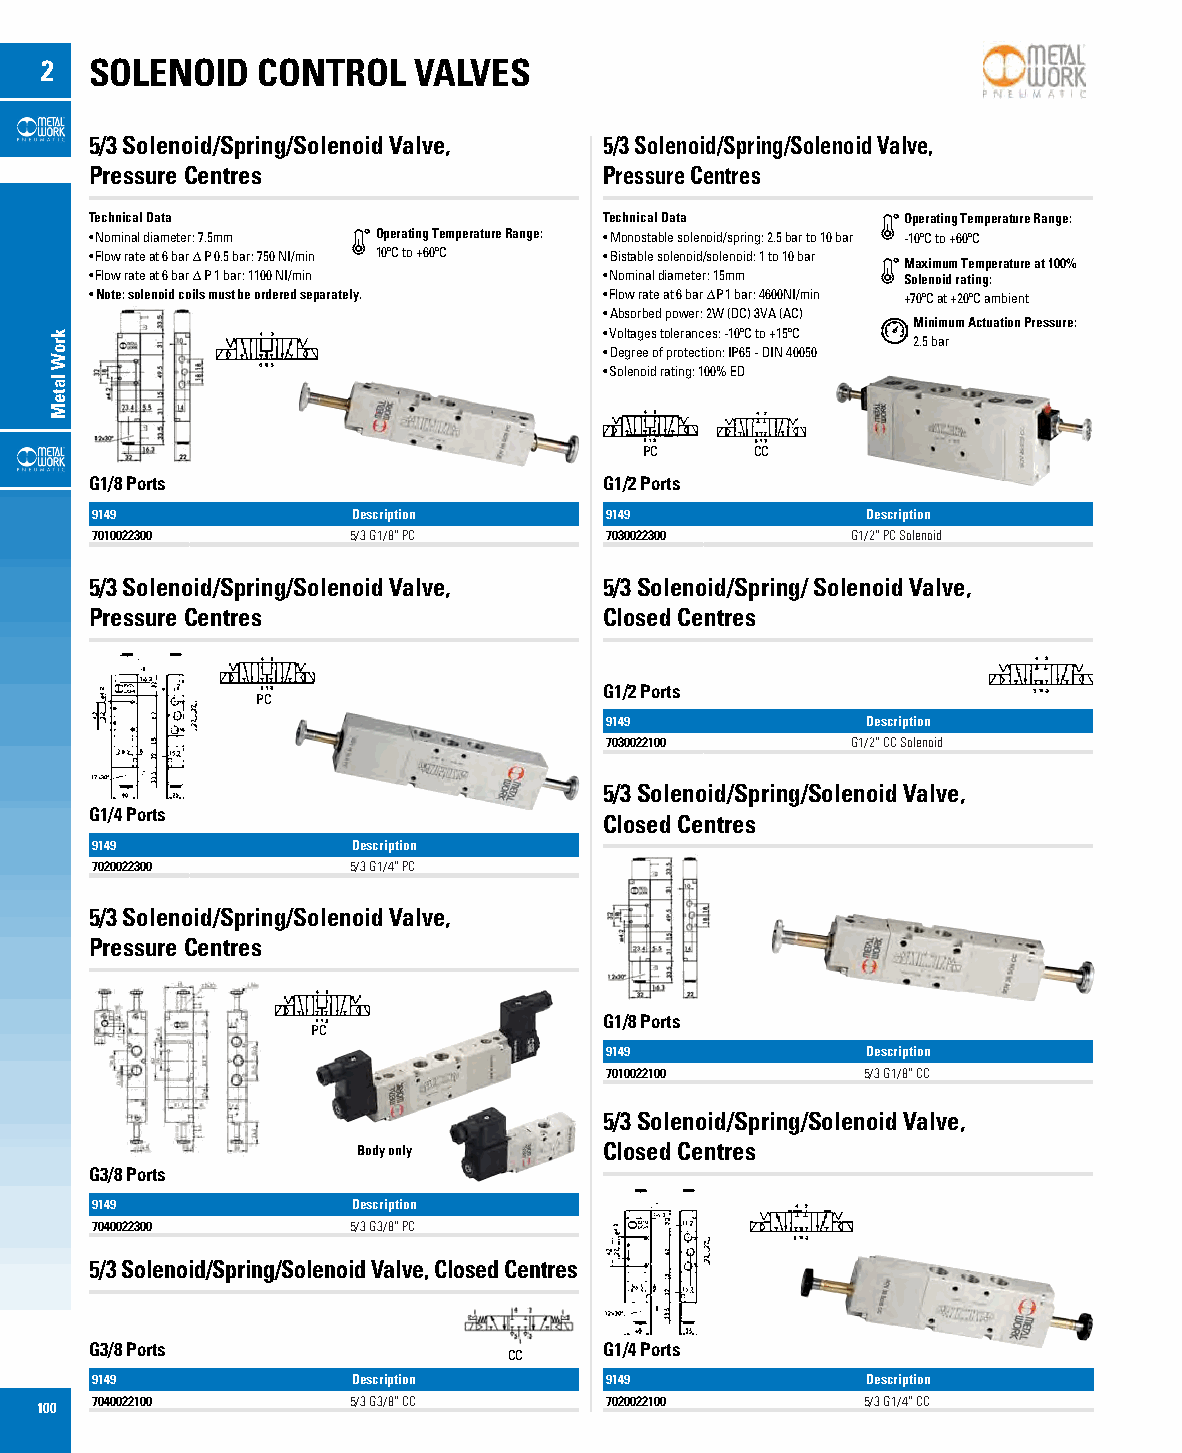
2  SOLENOID   CONTROL   VALVES
 5/3 Solenoid/Spring/Solenoid Valve, 5/3 Solenoid/Spring/Solenoid Valve,
 Pressure Centres                  Pressure Centres
 Technical Data                    Technical Data      Operating Temperature Range:
 • Nominal diameter: 7.5mm Operating Temperature Range: • Monostable solenoid/spring: 2.5 bar to 10 bar -10ºC to +60ºC
 • Flow rate at 6 bar ∆ P 0.5 bar: 750 NI/min 10ºC to +60ºC • Bistable solenoid/solenoid: 1 to 10 bar
 Maximum Temperature at 100%
 • Flow rate at 6 bar ∆ P 1 bar: 1100 NI/min • Nominal diameter: 15mm Solenoid rating:
 • Note: solenoid coils must be ordered separately. • Flow rate at 6 bar ∆P 1 bar: 4600NI/min +70ºC at +20ºC ambient
 • Absorbed power: 2W (DC) 3VA (AC)
 Minimum Actuation Pressure:
 • Voltages tolerances: -10ºC to +15ºC
 2.5 bar
 • Degree of protection: IP65 - DIN 40050
 • Solenoid rating: 100% ED
 PC     CC
 G1/8 Ports                        G1/2 Ports
 9149             Description      9149             Description
 7010022300       5/3 G1/8” PC     7030022300      G1/2” PC Solenoid
 5/3 Solenoid/Spring/Solenoid Valve, 5/3 Solenoid/Spring/ Solenoid Valve,
 Pressure Centres                  Closed Centres
 G1/2 Ports
 PC
 9149             Description
 7030022100      G1/2” CC Solenoid
 5/3 Solenoid/Spring/Solenoid Valve,
 G1/4 Ports
 Closed Centres
 9149             Description
 7020022300       5/3 G1/4” PC
 5/3 Solenoid/Spring/Solenoid Valve,
 Pressure Centres
 G1/8 Ports
 PC
 9149             Description
 7010022100       5/3 G1/8” CC
 5/3 Solenoid/Spring/Solenoid Valve,
 Body only       Closed Centres
 G3/8 Ports
 9149             Description
 7040022300       5/3 G3/8” PC
 5/3 Solenoid/Spring/Solenoid Valve, Closed Centres
 G3/8 Ports                        G1/4 Ports
 CC
 9149             Description      9149             Description
 7040022100       5/3 G3/8” CC     7020022100       5/3 G1/4” CC
 100
 kroW
 lateM